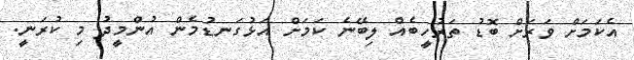
އެކަމަށް ވަރަށް ބޮޑު ތަރުހީބެއް ލިބޭނެ ކަމަށް އަޅުގަނޑުމެން އުންމީދު މި ކުރަނީ.